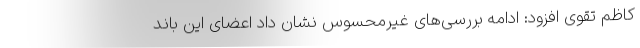
کاظم تقوی افزود: ادامه بررسی‌های غیرمحسوس نشان داد اعضای این باند